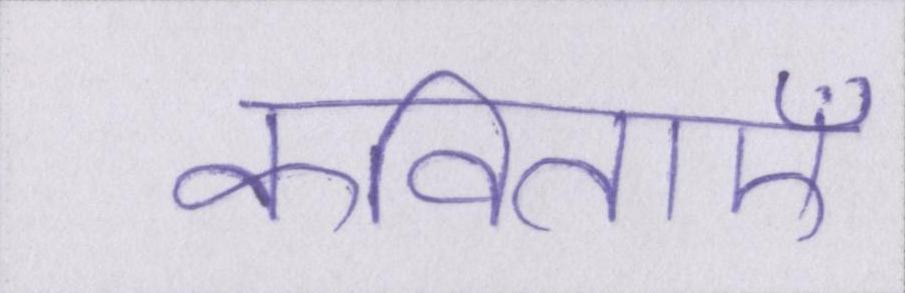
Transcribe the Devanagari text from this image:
कविताएँ